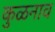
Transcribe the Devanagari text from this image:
कुळनाव